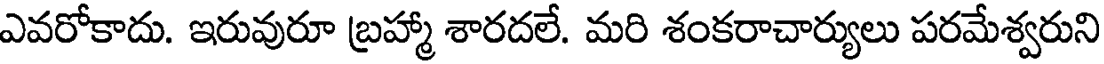
ఎవరోకాదు. ఇరువురూ బ్రహ్మా శారదలే. మరి శంకరాచార్యులు పరమేశ్వరుని